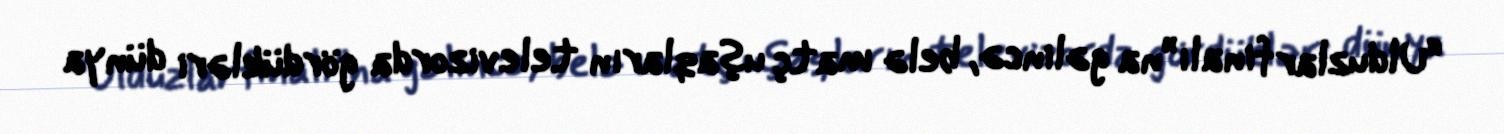
“Ulduzlar finalı”na gəlincə, belə matç uşaqların televizorda gördükləri dünya